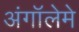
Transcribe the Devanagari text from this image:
अंगॉलेमे